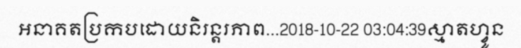
អនាគតប្រកបដោយនិរន្តរភាព...2018-10-22 03:04:39ស្មាតហ្វូន